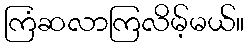
ကြံဆလာကြလိမ့်မယ်။